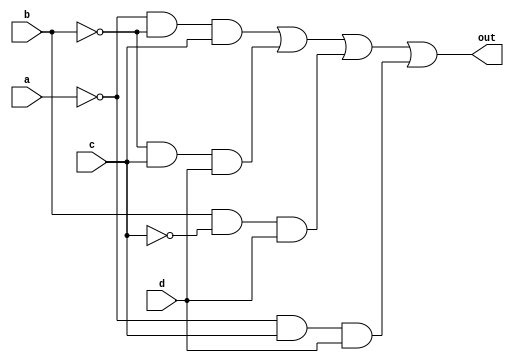
module prime(output out, input a,b,c,d);

    wire out1,out2,out3,out4;
    wire nota, notb, notc, notd;

    not(nota,a);
    not(notb,b);
    not(notc,c);
    not(notd,d);
    and(out1,nota,notb,c);
    and(out2,notb,c,d);
    and(out3,b,notc,d);
    and(out4,nota,c,d);
    or(out,out1,out2,out3,out4);


endmodule